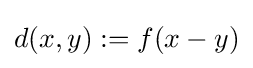
d(x,y):=f(x-y)